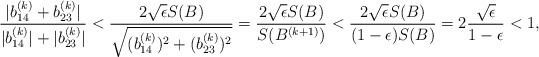
LaTeX: \begin{align*}\frac{|b_{14}^{(k)}+b_{23}^{(k)}|}{|b_{14}^{(k)}|+|b_{23}^{(k)}|} < \frac{2\sqrt{\epsilon}S(B)}{\sqrt{(b_{14}^{(k)})^2+(b_{23}^{(k)})^2}}= \frac{2\sqrt{\epsilon}S(B)}{S(B^{(k+1)})}< \frac{2\sqrt{\epsilon}S(B)}{(1-\epsilon )S(B)}= 2 \frac{\sqrt{\epsilon}}{1-\epsilon}<1,\end{align*}